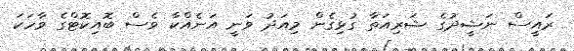
ރައީސް ނަޝީދުގެ ޝަރިއަތާ ގުޅިގެން މިއަދު ވަނީ އަނެއްކާ ވެސް ބޮއިކޮޓްގެ ވާހަކަ